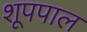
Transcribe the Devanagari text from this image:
शूपपाल